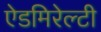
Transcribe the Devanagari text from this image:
ऐडमिरेल्टी